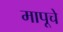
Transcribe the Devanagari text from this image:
मापूचे